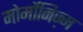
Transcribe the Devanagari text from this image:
मोर्मोनिज्‍़म